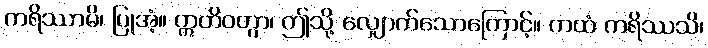
ကရိဿာမိ၊ ပြုအံ့။ ဣတိဝတွာ၊ ဤသို့ လျှောက်သောကြောင့်။ ကထံ ကရိဿသိ၊